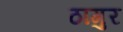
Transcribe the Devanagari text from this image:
ठागुर